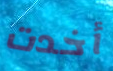
أخدت